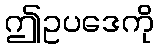
ဤဥပဒေကို